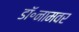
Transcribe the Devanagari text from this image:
डॉ॰नामवर